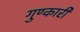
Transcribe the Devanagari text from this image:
गुण्कारी